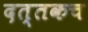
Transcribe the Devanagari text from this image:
दत्तकच